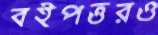
বইপত্তরও